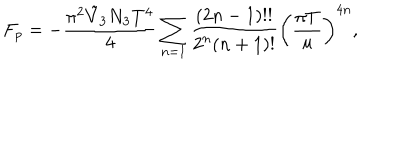
F _ { p } = - \frac { \pi ^ { 2 } \tilde { V } _ { 3 } N _ { 3 } T ^ { 4 } } { 4 } \sum _ { n = 1 } \frac { ( 2 n - 1 ) ! ! } { 2 ^ { n } ( n + 1 ) ! } \left( \frac { \pi T } { u } \right) ^ { 4 n } ,